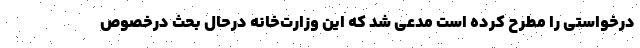
درخواستی را مطرح کرده است مدعی شد که این وزارت‌خانه درحال بحث درخصوص